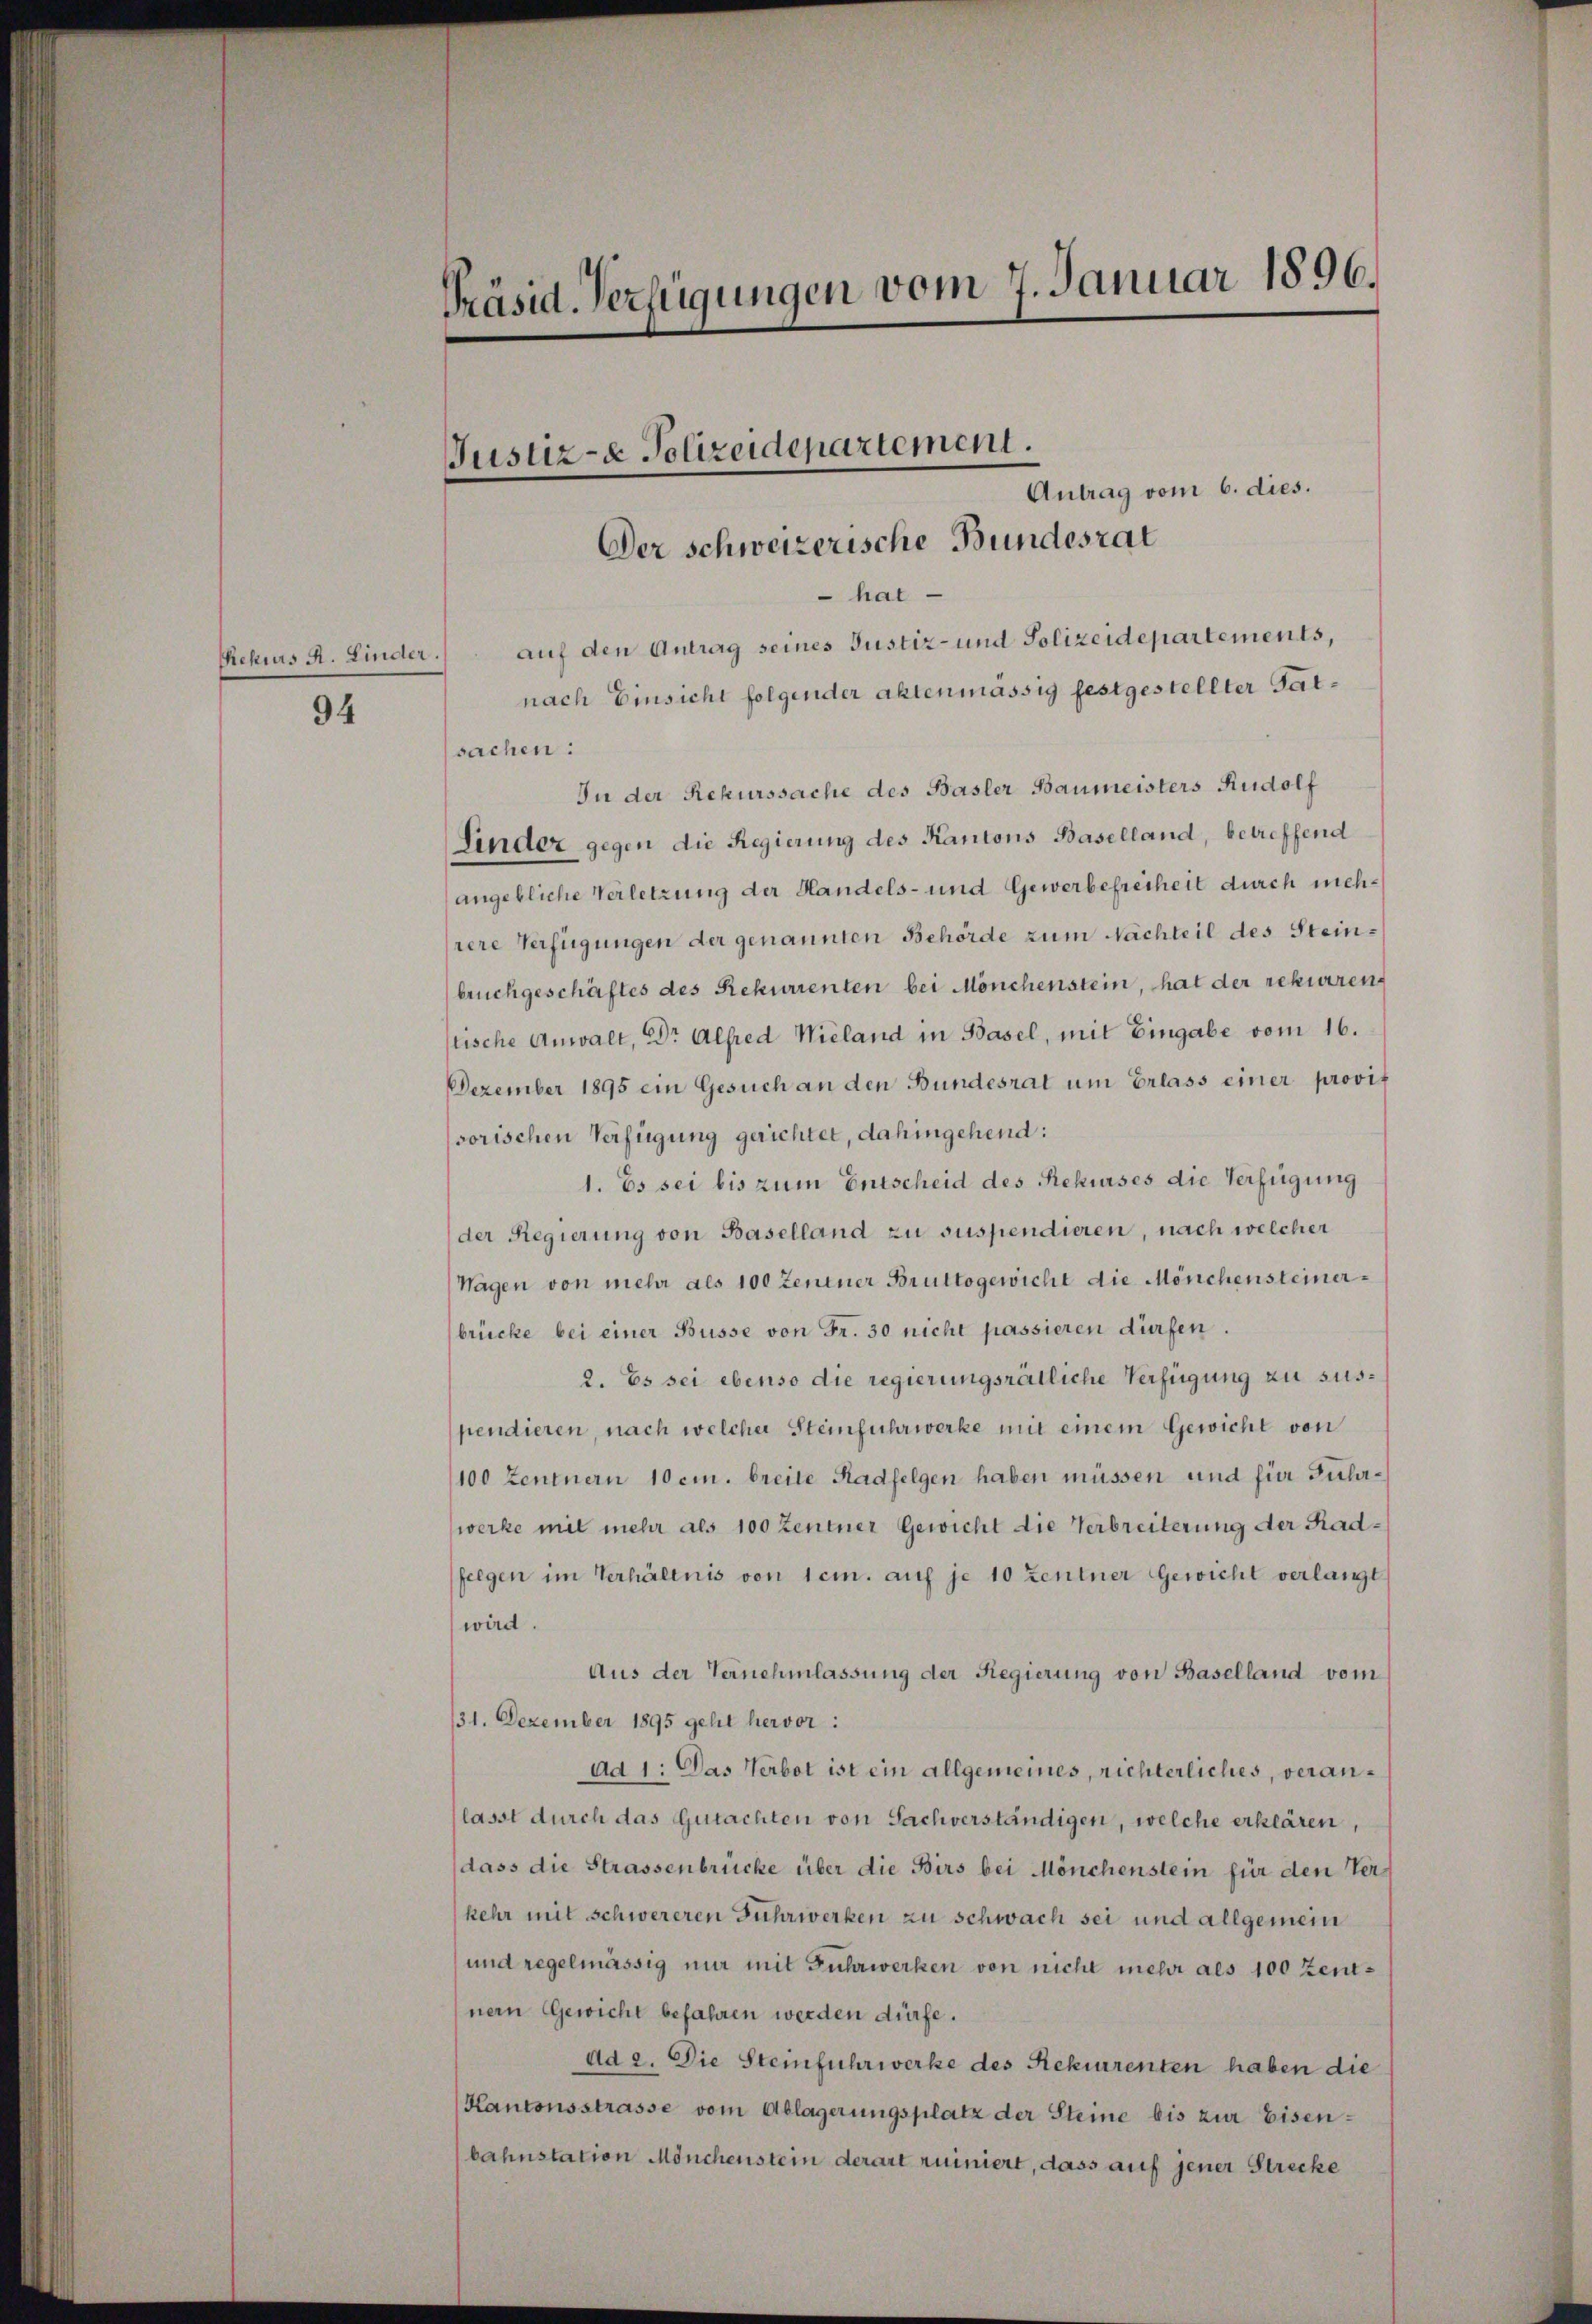
94

Präsid. Verfügungen vom 7. Januar 1896.

Rekurs R. Linder.

Antrag vom 6. dies.
Der schweizerische Bundesrat
 hat
auf den Antrag seines Justiz- und Polizeidepartements,
nach Einsicht folgender aktenmässig festgestellter Gatsachen:
In der Rekurssache des Basler Baumeisters Rudolf
Linder gegen die Regierung des Kantons Baselland, betreffend
angebliche Verletzung der Handels- und Gewerbefreiheit durch mehrere Verfügungen der genannten Behörde zum Nachteil des Steinbruchgeschäftes des Rekurrenten bei Mönchenstein, hat der rekurren
stische Anwalt, Dr. Alfred Wieland in Basel, mit Eingabe vom 16.
Dezember 1895 ein Gesuch an den Bundesrat um Erlass einer provis
sorischen Verfügung gerichtet, dahingehend:
1. Es sei bis zum Entscheid des Rekurses die Verfügung
der Regierung von Baselland zu suspendieren, nach welcher
Wagen von mehr als 100 Zentner Bruttogewicht die Mönchensteinerbrücke bei einer Büsse von Fr. 30 nicht passieren dürfen.
2. Es sei ebenso die regierungsrätliche Verfügung zu suspendieren, nach welcher Steinfuhrwerke mit einem Gewicht von
100 Zentnern 10 cm. breite Radfelgen haben müssen und für Fuhrwerke mit mehr als 100 Zentner Gewicht die Verbreiterung der Radfeegen im Verhältnis von 1 cm. auf je 10 Zentner Gewicht verlangt
wird.
Aus der Ternehmlassung der Regierung von Baselland vom
131. Dezember 1895 geht hervor:
Ad 1: Das Verbot ist ein allgemeines, richterliches, veranlasst durch das Gutachten von Sachverständigen, welche erklären,
dass die Strassenbrücke über die Birs bei Mönchenstein für den Verkehr mit schwereren Fuhrwerken zu schwach sei und allgemein
und regelmässig nur mit Fuhrwerken von nicht mehr als 100 Zentnern Gewicht befahren werden dürfe.
ad 2. Die Steinfuhrwerke des Rekurrenten haben die
Kantonsstrasse vom Ablagerungsplatz der Steine bis zur Eisenbahnstation Mönchenstein derart ruiniert, dass auf jener Strecke

Justiz- & Polizeidepartement.